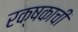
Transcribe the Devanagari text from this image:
रक्षकाची